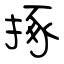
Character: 㧻